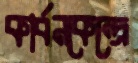
কার্বনকেন্দ্রে